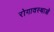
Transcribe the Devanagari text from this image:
रोगावस्थाओं